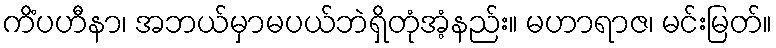
ကိံပဟီနာ၊ အဘယ်မှာမပယ်ဘဲရှိတုံအံ့နည်း။ မဟာရာဇ၊ မင်းမြတ်။